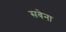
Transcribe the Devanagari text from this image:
सबेना